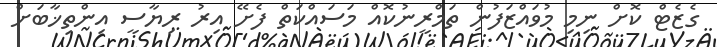
ގެޒެޓް ކޮށް ނިމި މުވައްޒަފުން ތަމްރީނުކޮއް މަސައްކަތް ފެށޭ އިރު ރިޔާސީ އިންތިޚާބަށް